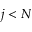
j < N